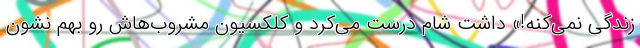
زندگی نمی‌کنه!» داشت شام درست می‌کرد و کلکسیون مشروب‌هاش رو بهم نشون